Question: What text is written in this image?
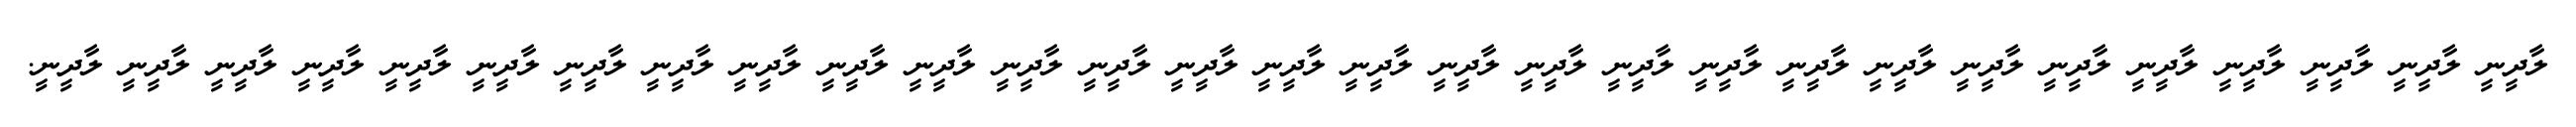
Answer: ލާދީނީ ލާދީނީ ލާދީނީ ލާދީނީ ލާދީނީ ލާދީނީ ލާދީނީ ލާދީނީ ލާދީނީ ލާދީނީ ލާދީނީ ލާދީނީ ލާދީނީ ލާދީނީ ލާދީނީ ލާދީނީ ލާދީނީ ލާދީނީ ލާދީނީ ލާދީނީ ލާދީނީ ލާދީނީ ލާދީނީ ލާދީނީ ލާދީނީ ލާދީނީ ލާދީނީ ލާދީނީ ލާދީނީ.